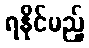
ရနိုင်မည့်